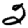
Digit: 2